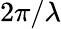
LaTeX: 2\pi/\lambda